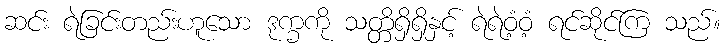
ဆင်း ရဲခြင်းတည်းဟူသော ဒုက္ခကို သတ္တိရှိရှိနှင့် ရဲရဲဝံ့ဝံ့ ရင်ဆိုင်ကြ သည်။